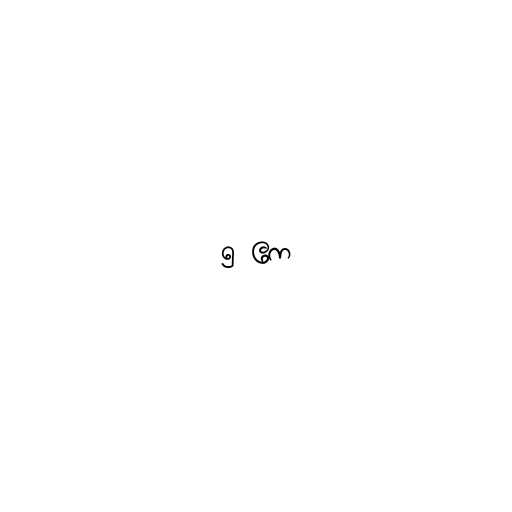
၅ ဧက